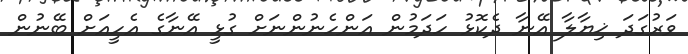
ވަރުގަދަ ޚިޔާލާ އޭނާ ދެކޮޅު ހަދަމުން އަންހެނުންނަށް ގުޅީ އޭނާގެ އެހީއަށް ބޭނުން